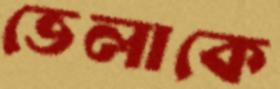
ভেলাকে